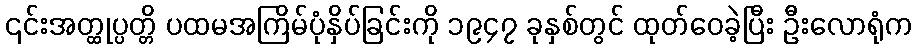
၎င်းအတ္ထုပ္ပတ္တိ ပထမအကြိမ်ပုံနှိပ်ခြင်းကို ၁၉၄၇ ခုနှစ်တွင် ထုတ်ဝေခဲ့ပြီး ဦးလောရုံက